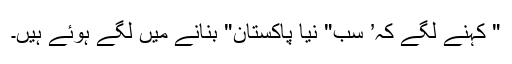
" کہنے لگے کہ’ سب" نیا پاکستان" بنانے میں لگے ہوئے ہیں۔